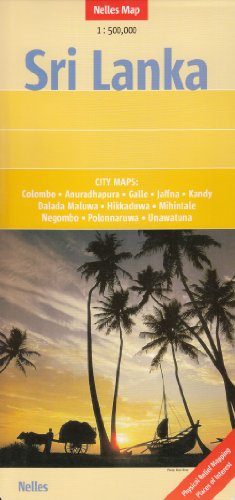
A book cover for Sri Lanka 1 : 500 000 Nelles 2014; Nelles Verlag; Travel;